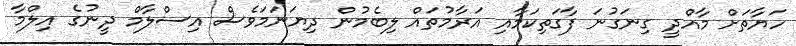
ހަޔާތަށް މާއްދީ ގިނަގުނަ ފާގަތިކަމާއި އަރާމުތައް ލިބެމުން ދިޔަނަމަވެސް އިސްލާމް ދީނުގެ އިލްމާ